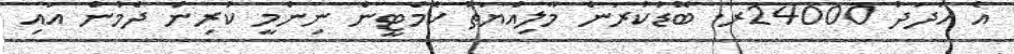
އެ އަދަދު 24000ރ. ބޮޑުކުރަން މާލިއްޔަތު ކޮމެޓީން ނިންމީ ކުރިން ދެމުން އައި